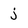
Character: j